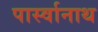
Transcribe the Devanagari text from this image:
पार्स्‍वानाथ